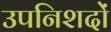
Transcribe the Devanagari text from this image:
उपनिशदों